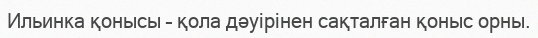
Ильинка қонысы – қола дәуірінен сақталған қоныс орны.